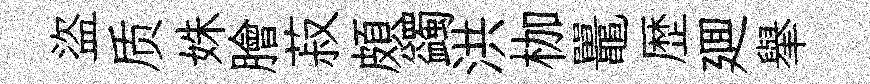
盜质姝膾菽頗蠲洪枷鼉歴廽𦦙